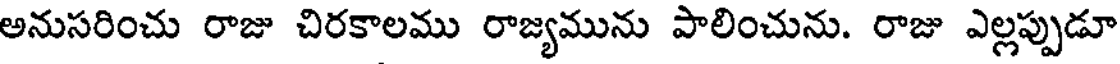
అనుసరించు రాజు చిరకాలము రాజ్యమును పాలించును. రాజు ఎల్లప్పుడూ